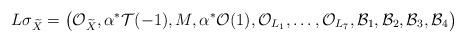
LaTeX: \begin{align*}L \sigma_{\widetilde{X}}= \left( \mathcal{O}_{\widetilde{X}}, \alpha^\ast\mathcal{T}(-1),M, \alpha^\ast\mathcal{O}(1) , \mathcal{O}_{L_1}, \dots, \mathcal{O}_{L_7}, \mathcal{B}_1, \mathcal{B}_2,\mathcal{B}_3, \mathcal{B}_4 \right)\end{align*}